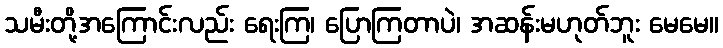
သမီးတို့အကြောင်းလည်း ရေးကြ၊ ပြောကြတာပဲ၊ အဆန်းမဟုတ်ဘူး မေမေ။